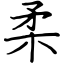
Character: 柔